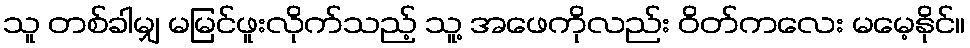
သူ တစ်ခါမျှ မမြင်ဖူးလိုက်သည့် သူ့ အဖေကိုလည်း ဝိတ်ကလေး မမေ့နိုင်။